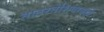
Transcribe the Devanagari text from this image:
ताठरतेशिवायही